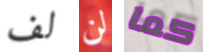
لف لن كما